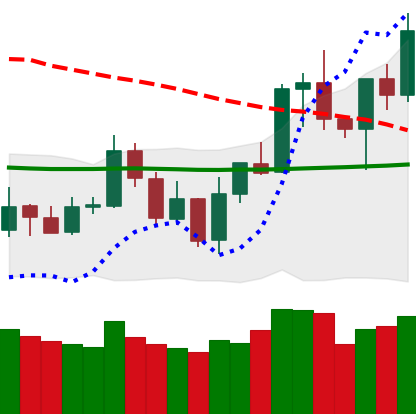
Ticker: NEO-USD
Chart end date: 2020-01-12
Forward return: 15.847%
Label: up_7plus